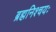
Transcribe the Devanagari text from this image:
ब्रह्मनिश्चयः